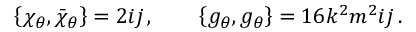
\left\{ \chi _ { \theta } , \bar { \chi } _ { \theta } \right\} = 2 i j \, , \qquad \left\{ g _ { \theta } , g _ { \theta } \right\} = 1 6 k ^ { 2 } m ^ { 2 } i j \, .